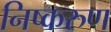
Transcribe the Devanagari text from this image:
निष्करुण